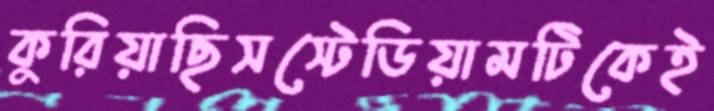
কুরিয়াছিসস্টেডিয়ামটিকেই